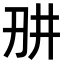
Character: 𭃎